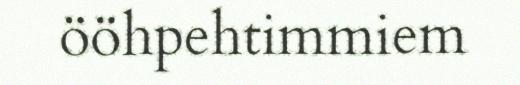
ööhpehtimmiem